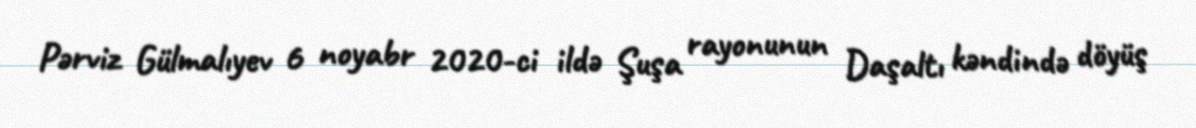
Pərviz Gülmalıyev 6 noyabr 2020-ci ildə Şuşa rayonunun Daşaltı kəndində döyüş